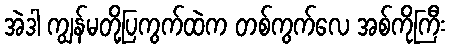
အဲဒါ ကျွန်မတို့ပြကွက်ထဲက တစ်ကွက်လေ အစ်ကိုကြီး